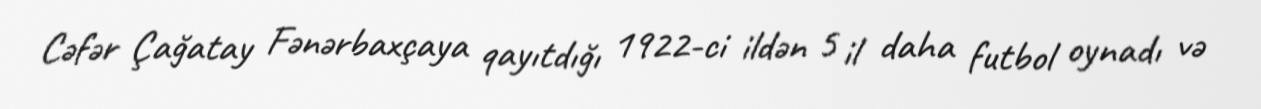
Cəfər Çağatay Fənərbaxçaya qayıtdığı 1922-ci ildən 5 il daha futbol oynadı və